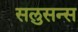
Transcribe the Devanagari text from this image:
सलुसन्स